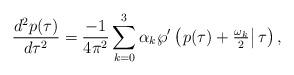
LaTeX: \begin{align*}\frac{d^{2}p(\tau)}{d\tau^{2}}=\frac{-1}{4\pi^{2}}\sum_{k=0}^{3}\alpha_{k}\wp^{\prime}\left( \left. p(\tau)+\tfrac{\omega_{k}}{2}\right \vert\tau \right) , \end{align*}